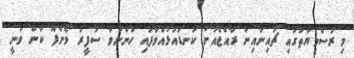
މި ރަސްމީޔާތުގައި ޗައިނާއިން ރާއްޖެއަށް ކަނޑައަޅުއްވާފައި ހުންނަވާ ސަފީރު ވޯންފޫ ކާން ވަނީ